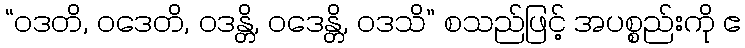
“ဝဒတိ, ဝဒေတိ, ဝဒန္တိ, ဝဒေန္တိ, ဝဒသိ” စသည်ဖြင့် အပစ္စည်းကို ဧ